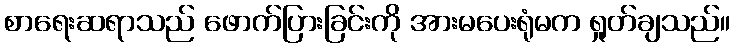
စာရေးဆရာသည် ဖောက်ပြားခြင်းကို အားမပေးရုံမက ရှုတ်ချသည်။